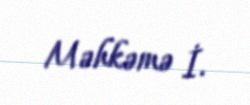
Məhkəmə İ.